Source: Handwritten
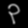
Digit: ၃ (3)